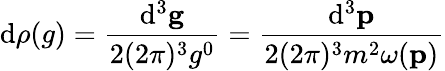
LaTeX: \mathrm{d}\rho(g)=\frac{{\mathrm{d}^{3}{\mathbf{g}}}}{{2(2\pi)^{3}g^{0}}}=\frac{{\mathrm{d}^{3}{\mathbf{p}}}}{{2(2\pi)^{3}m^{2}\omega({\mathbf{p}})}}